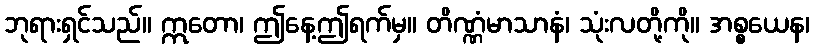
ဘုရားရှင်သည်။ ဣတော၊ ဤနေ့ဤရက်မှ။ တိဏ္ဏံမာသာနံ၊ သုံးလတို့ကို။ အစ္စယေန၊